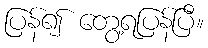
ပြန်၍ တွေ့ရပြန်ပြီ။